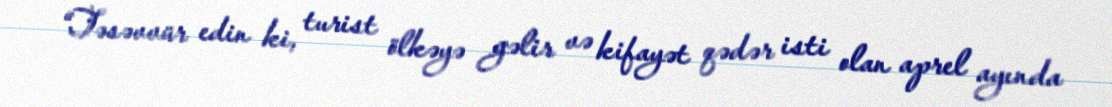
“Təsəvvür edin ki, turist ölkəyə gəlir və kifayət qədər isti olan aprel ayında